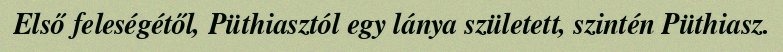
Első feleségétől, Püthiasztól egy lánya született, szintén Püthiasz.